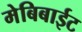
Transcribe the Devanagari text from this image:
मेबिबाईट